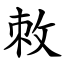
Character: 敇